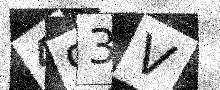
Text: 493V